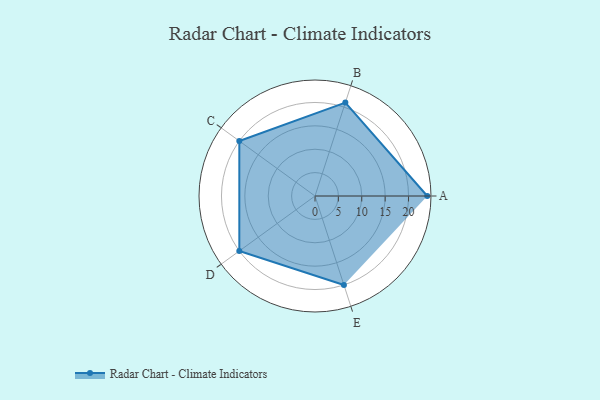
{"axis": {"x": "Skill", "y": "Score"}, "legend": ["Profile"], "data": [{"x": "A", "y": 24.0, "type": "Profile"}, {"x": "B", "y": 21.0, "type": "Profile"}, {"x": "C", "y": 20, "type": "Profile"}, {"x": "D", "y": 20, "type": "Profile"}, {"x": "E", "y": 20, "type": "Profile"}]}